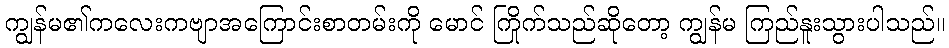
ကျွန်မ၏ကလေးကဗျာအကြောင်းစာတမ်းကို မောင် ကြိုက်သည်ဆိုတော့ ကျွန်မ ကြည်နူးသွားပါသည်။